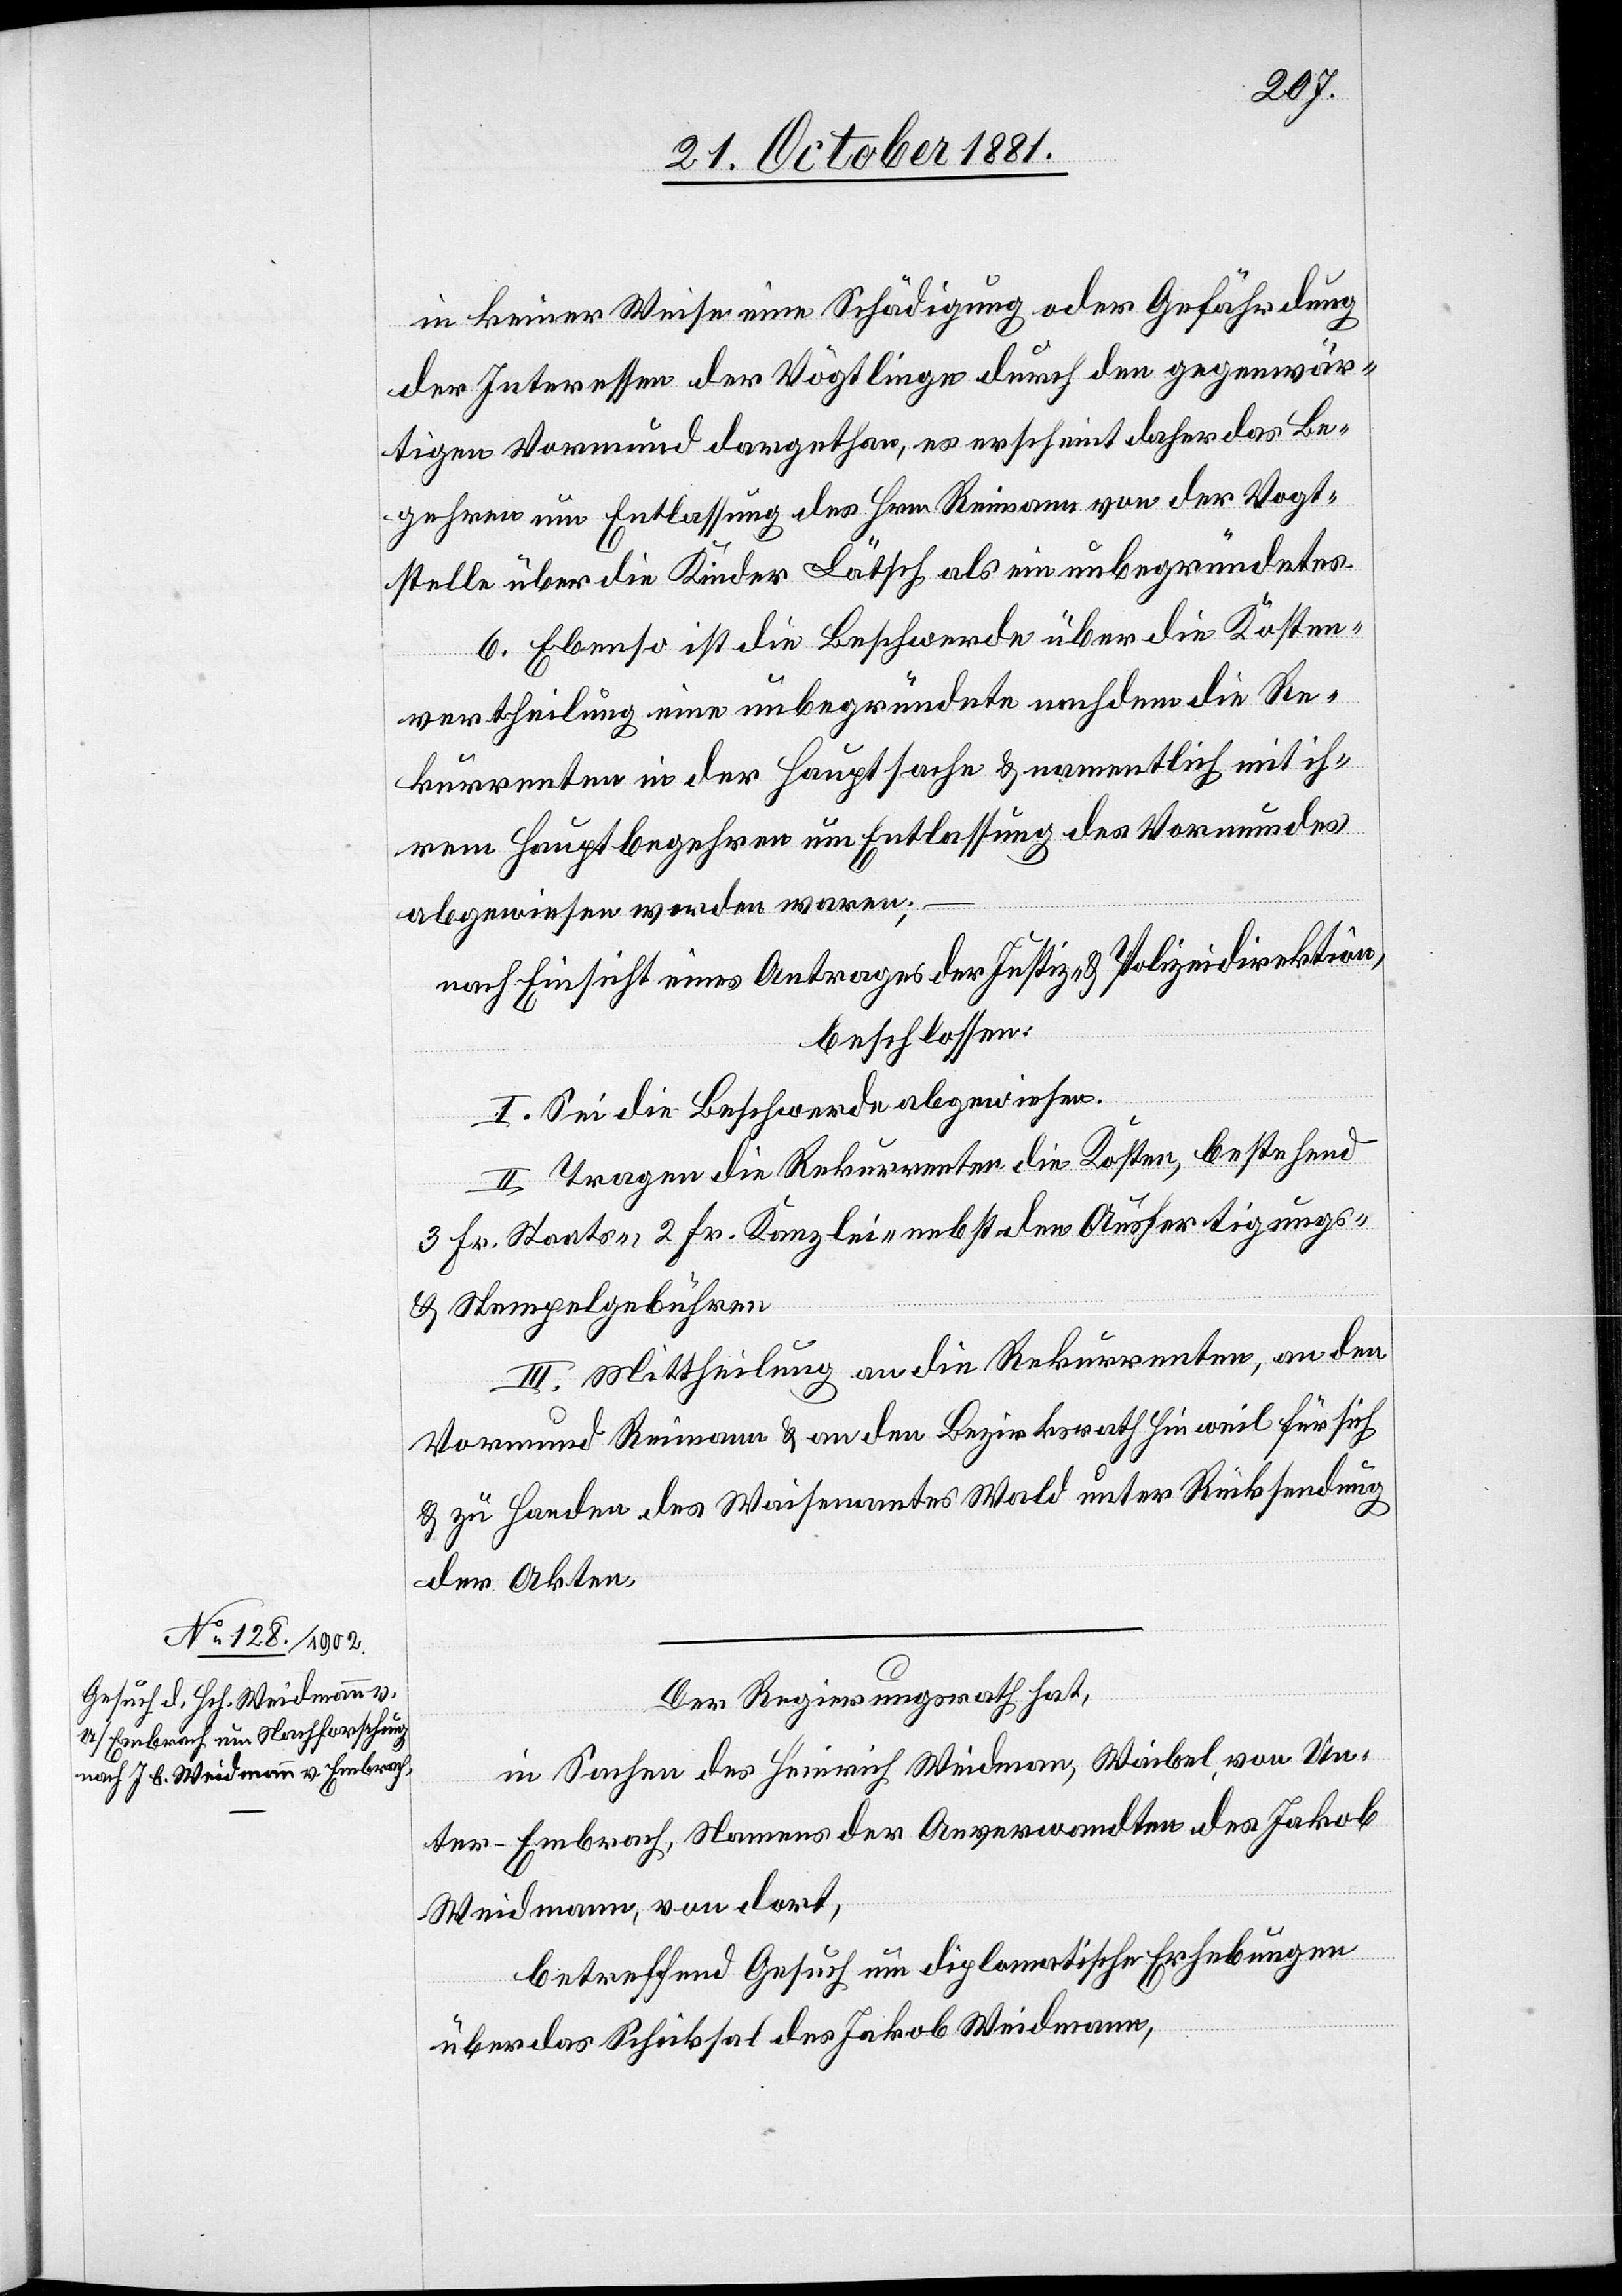
in keiner Weise eine Schädigung oder Gefährdung
der Interessen der Vögtlinge durch den gegenwär¬
tigen Vormund dargethan, es erscheint daher das Be¬
gehren um Entlassung des Hrn. Reimann von der Vogt¬
stelle über die Kinder Lätsch als ein unbegründetes.
6. Ebenso ist die Beschwerde über die Kosten¬
vertheilung eine unbegründete nachdem die Re¬
kurrenten in der Hauptsache & namentlich mit ih¬
rem Hauptbegehren um Entlassung des Vormundes
abgewiesen worden waren.
nach Einsicht eines Antrages der Justiz- & Polizeidirektion,
beschlossen:
I. Sei die Beschwerde abgewiesen.
II. Tragen die Rekurrenten die Kosten, bestehend
3 Fr. Staats-, 2 Fr. Kanzlei- nebst den Ausfertigungs-
& Stempelgebühren.
III. Mittheilung an die Rekurrenten, an den
Vormund Reimann & an den Bezirksrath Hinweil für sich
& zu Handen des Waisenamtes Wald unter Rücksendung
der Akten.
Der Regierungsrath hat,
in Sachen des Heinrich Weidmann, Waibel von Un¬
ter-Embrach, Namens der Anverwandten des Jakob
Weidmann, von dort,
betreffend Gesuch um diplomatische Erhebungen
über das Schicksal des Jakob Weidmann,